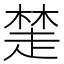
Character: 𧼖